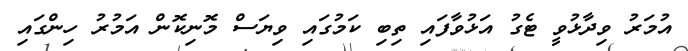
އުމަރު ވިދާޅުވީ ޓެގު އަޅުވާފައި ތިބި ކަމުގައި ވިޔަސް މޮނިކޮން އަމުރު ހިންގައި